Madras plague regulations and rules - Volume 1
Disease focus: Plague
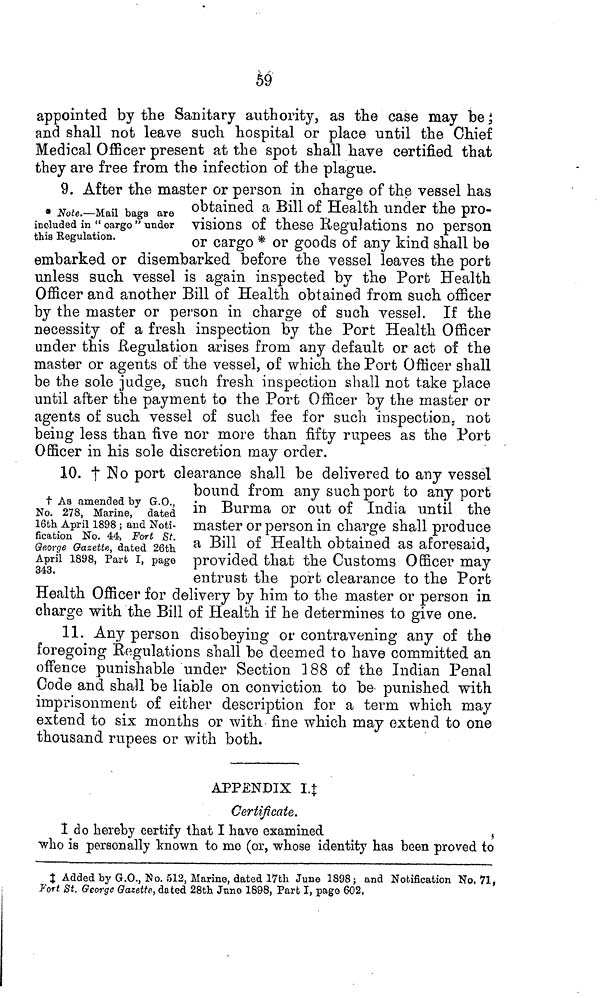
59
appointed by the Sanitary authority, as the case may be;
and shall not leave such hospital or place until the Chief
Medical Officer present at the spot shall have certified that
they are free from the infection of the plague.
* Note.—Mail baga are
included in " cargo " tinder
this Regulation.
9. After the master or person in charge of the vessel has
obtained a Bill of Health under the pro-
visions of these Regulations no person
or cargo * or goods of any kind shall be
embarked or disembarked before the vessel leaves the port
unless such vessel is again inspected by the Port Health
Officer and another Bill of Health obtained from such officer
by the master or person in charge of such vessel. If the
necessity of a fresh inspection by the Port Health Officer
under this Regulation arises from any default or act of the
master or agents of the vessel, of which the Port Officer shall
be the sole judge, such fresh inspection shall not take place
until after the payment to the Port Officer by the master or
agents of such vessel of such fee for such inspection, not
being less than five nor more than fifty rupees as the Port
Officer in his sole discretion may order.
† As amended by G.O.,
No. 278, Marine, dated
16th April 1898; and Noti-
fication No. 44, Fort St.
George Gazette, dated 26th
April 1898, Part I, page
343.
10. † No port clearance shall be delivered to any vessel
bound from any such port to any port
in Burma or out of India until the
master or person in charge shall produce
a Bill of Health obtained as aforesaid,
provided that the Customs Officer may
entrust the port clearance to the Port
Health Officer for delivery by him to the master or person in
charge with the Bill of Health if he determines to give one.
11. Any person disobeying or contravening any of the
foregoing Regulations shall be deemed to have committed an
offence punishable under Section 188 of the Indian Penal
Code and shall be liable on conviction to be punished with
imprisonment of either description for a term which may
extend to six months or with fine which may extend to one
thousand rupees or with both.
APPENDIX I.‡
Certificate.
I do hereby certify that I have examined
who is personally known to mo (or, whose identity has been proved to
‡ Added by G.O., No. 512, Marine, dated 17th June 1898; and Notification No. 71,
Port St. George Gazette, dated 28th June 1898, Part I, page 602.